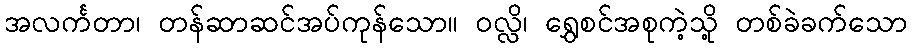
အလင်္ကတာ၊ တန်ဆာဆင်အပ်ကုန်သော။ ဝလ္လိ၊ ရွှေစင်အစုကဲ့သို့ တစ်ခဲခက်သော